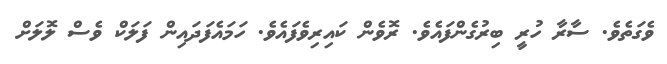
ވެގަތެވެ. ސާރާ ހުރީ ބިރުގެންފައެވެ. ރޮވެން ކައިރިވެފައެވެ. ހަމައެފަދައިން ފަލަކް ވެސް ލޮލަށް